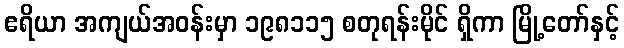
ဧရိယာ အကျယ်အဝန်းမှာ ၁၉၈၁၁၅ စတုရန်းမိုင် ရှိကာ မြို့တော်နှင့်